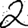
Digit: 2